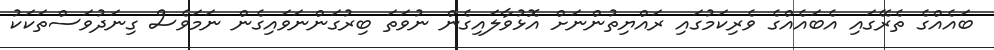
ބައެއްގެ ތެރޭގައި އެބައެއްގެ ވެރިކަމުގައި ރައްޔިތުންނަށް އޮޅުވާލައިގެން ނުވަތަ ބިރުގަންނަވައިގެން ނަމަވެސް ގިނަދުވަސްތަކަކު